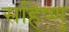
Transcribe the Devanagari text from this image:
सहिष्‍णु